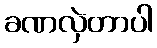
ခဏလှဲတာပါ